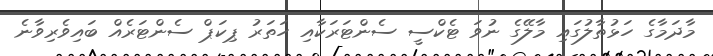
މާދަމާގެ ހަޅުތާލުގައި މާލޭގެ ނުވަ ޓެކްސީ ސެންޓަރަކާއި ހަތަރު ޕިކަޕް ސެންޓަރެއް ބައިވެރިވާނެ